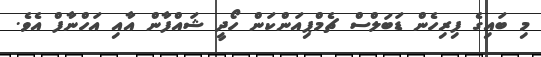
މި ބައިގެ ފިރިހެން ޑަބަލްސް ޗެމްޕިއަންކަން ހޯދީ ޝައްފާން އާއި އަހްނާފް އެވެ.